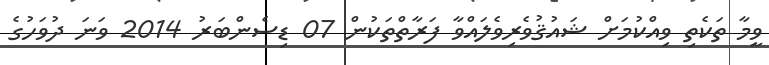
ވީމާ ތަކެތި ވިއްކުމަށް ޝައުޤުވެރިވެލައްވާ ފަރާތްތަކުން 07 ޑިސެންބަރު 2014 ވަނަ ދުވަހުގެ